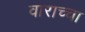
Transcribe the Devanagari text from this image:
वाराच्चा